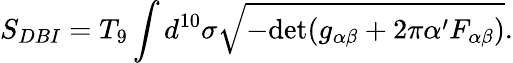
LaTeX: S_{DBI}=T_{9}\int d^{10}\sigma\sqrt{-\mathrm{det}(g_{\alpha\beta}+2\pi\alpha^{\prime}F_{\alpha\beta})}.